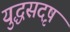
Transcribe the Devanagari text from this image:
युद्धसदृष